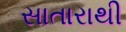
સાતારાથી